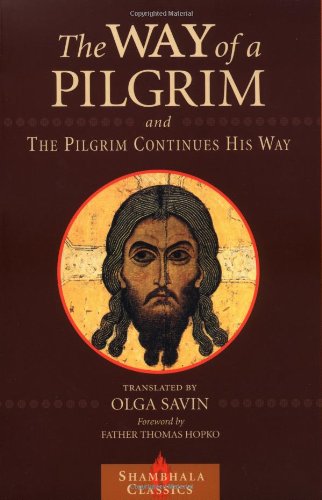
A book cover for The Way of a Pilgrim and The Pilgrim Continues His Way (Shambhala Classics); Christian Books & Bibles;